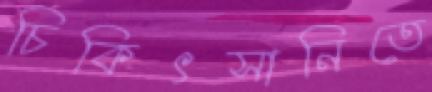
চিকিৎসানিতে